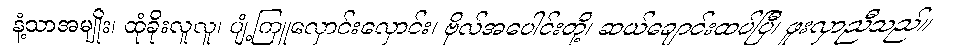
နံ့သာအမျိုး၊ ထုံခိုးလူလူ၊ ပျံ့ကြူလှောင်းလှောင်း၊ ဗိုလ်အပေါင်းတို့၊ ဆယ်ချောင်းထပ်ပြီ၊ ဖူးလှာညီသည်။